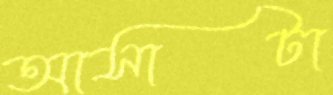
আসাটা